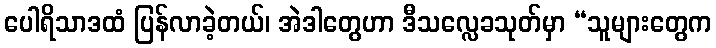
ပေါရိသာဒထံ ပြန်လာခဲ့တယ်၊ အဲဒါတွေဟာ ဒီသလ္လေခသုတ်မှာ “သူများတွေက